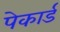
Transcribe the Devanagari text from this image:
पेकार्ड